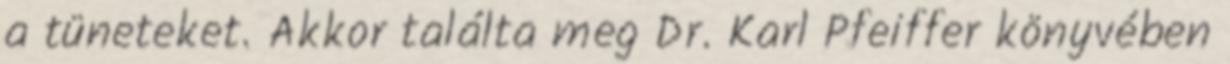
a tüneteket. Akkor találta meg Dr. Karl Pfeiffer könyvében